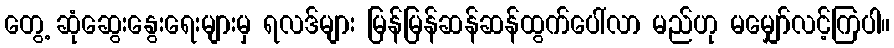
တွေ့ ဆုံဆွေးနွေးရေးများမှ ရလဒ်များ မြန်မြန်ဆန်ဆန်ထွက်ပေါ်လာ မည်ဟု မမျှော်လင့်ကြပါ။